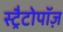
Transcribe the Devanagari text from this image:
स्ट्रैटोपॉज़